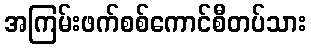
အကြမ်းဖက်စစ်ကောင်စီတပ်သား